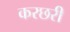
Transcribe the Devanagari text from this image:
करछरी